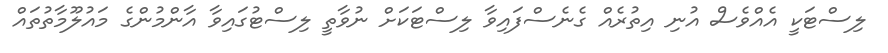
ލިސްޓަކީ އެއްވެސް އުނި އިތުރެއް ގެނެސްފައިވާ ލިސްޓަކަށް ނުވާތީ ލިސްޓުގައިވާ އާންމުންގެ މައުލޫމާތުތައް